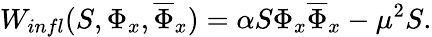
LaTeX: W_{infl}(S,\Phi_{x},\overline{{{\Phi}}}_{x})=\alpha S\Phi_{x}\overline{{{\Phi}}}_{x}-\mu^{2}S.